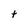
Character: t